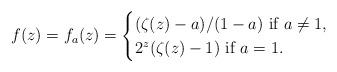
LaTeX: \begin{align*} f(z)=f_a(z)=\begin{cases}(\zeta(z)-a)/(1-a) \mbox{ if } a\neq1, \\2^z(\zeta(z)-1) \mbox{ if } a=1.\end{cases}\end{align*}